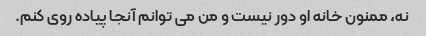
نه، ممنون خانه او دور نیست و من می توانم آنجا پیاده روی کنم.